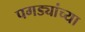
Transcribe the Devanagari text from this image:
पगड्यांच्या